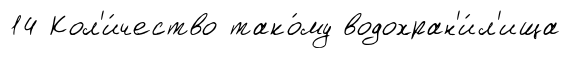
14 Кол'и́чество тако́му водохран'и́л'ища